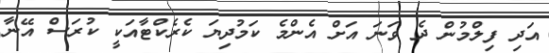
އަދި ފިލްމުން ދެ ވަނަ އަށް އެންމެ ކަމުދިޔަ ކެރެކްޓާއަކީ ކުރަސް އޭނާ